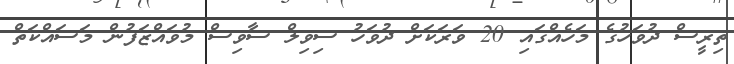
ތިރީސް ދުވަހުގެ މަހެއްގައި 20 ވަރަކަށް ދުވަހު ސިވިލް ސާވިސް މުވައްޒަފުން މަސައްކަތް